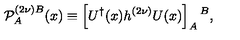
{ \cal P } _ { A } ^ { ( 2 \nu ) B } ( x ) \equiv \left[ U ^ { \dagger } ( x ) h ^ { ( 2 \nu ) } U ( x ) \right] _ { A } { } ^ { B } ,